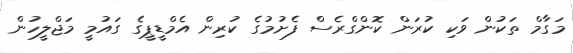
މަގާމް ތަކުން ވަކި ކުރަން ކޮންގްރެސް ފެށުމުގެ ކުރިން އެމްޑީޕީގެ ގައުމީ މަޖްލީހުން